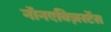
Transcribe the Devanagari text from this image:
नॉनएक्ज़िस्टेंस